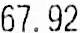
67.92